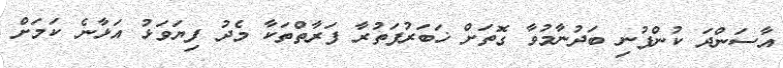
އާސަންދަ ކުންފުނި ބަދުނާމުވާ ގޮތަށް ޚަބަރުފަތުރާ ފަރާތްތަކާ މެދު ފިޔަވަޅު އަޅާނެ ކަމަށް